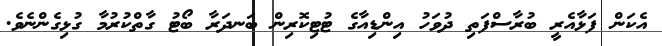
އެކަން ފަޅާއެރީ ބުރާސްފަތި ދުވަހު އިންޑިއާގެ ޓުޓިކޮރިން ބަނދަރާ ބޯޓު ގާތްކުރުމާ ގުޅިގެންނެވެ.